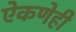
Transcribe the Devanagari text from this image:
ऐकणेही